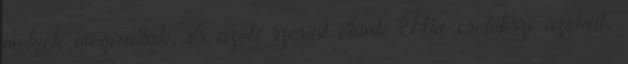
melyek megírattak, és azok szerint élünk Aki cselekszi azokat,